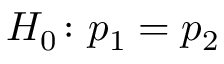
H _ { 0 } \colon p _ { 1 } = p _ { 2 }